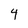
Character: 4